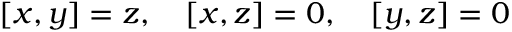
[ x , y ] = z , \quad [ x , z ] = 0 , \quad [ y , z ] = 0